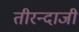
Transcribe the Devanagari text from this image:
तीरन्दाजी